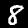
Label: 8